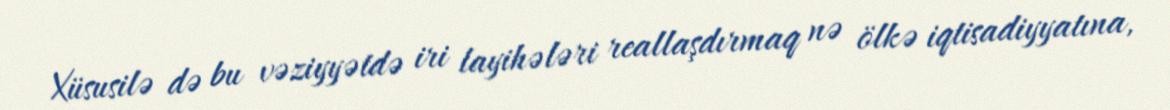
Xüsusilə də bu vəziyyətdə iri layihələri reallaşdırmaq nə ölkə iqtisadiyyatına,